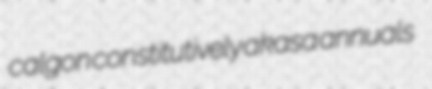
calgon constitutively akasa annuals